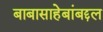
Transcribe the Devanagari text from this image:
बाबासाहेबांबद्दल